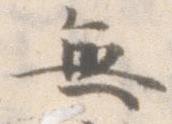
無